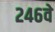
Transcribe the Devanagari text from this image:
२४६वे